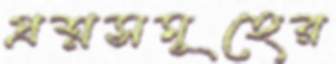
প্রশ্নসমূহের